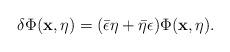
LaTeX: \begin{align*}\delta\Phi(\mathbf{x},\eta)=(\bar{\epsilon}\eta +\bar{\eta}\epsilon) \Phi(\mathbf{x},\eta).\end{align*}